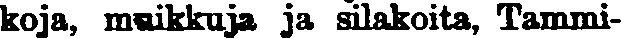
koja, muikkuja ja silakoita, Tammi-